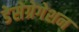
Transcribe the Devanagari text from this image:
डेसेग्रेगेशन